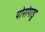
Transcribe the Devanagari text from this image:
पोरांगाडु